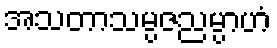
အသတာသမ္ပဇညမ္ပာဟံ